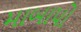
માબાપો